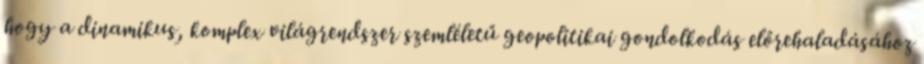
hogy a dinamikus, komplex világrendszer szemléletű geopolitikai gondolkodás előrehaladásához